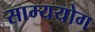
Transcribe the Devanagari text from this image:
साम्ययोग